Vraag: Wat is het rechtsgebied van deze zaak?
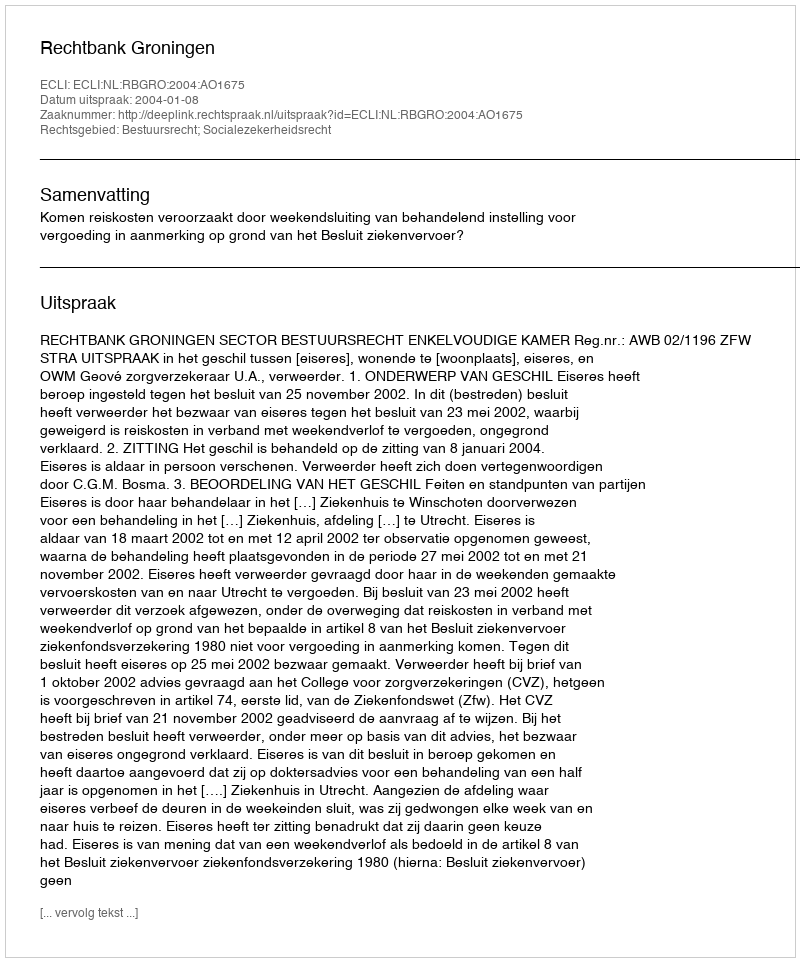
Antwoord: Bestuursrecht; Socialezekerheidsrecht